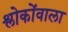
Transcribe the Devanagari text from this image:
श्लोकोंवाला